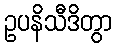
ဥပနိသီဒိတွာ